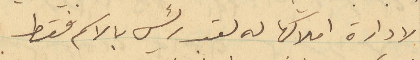
لادارة املاكها له لقب رئيس بالاسم فقط